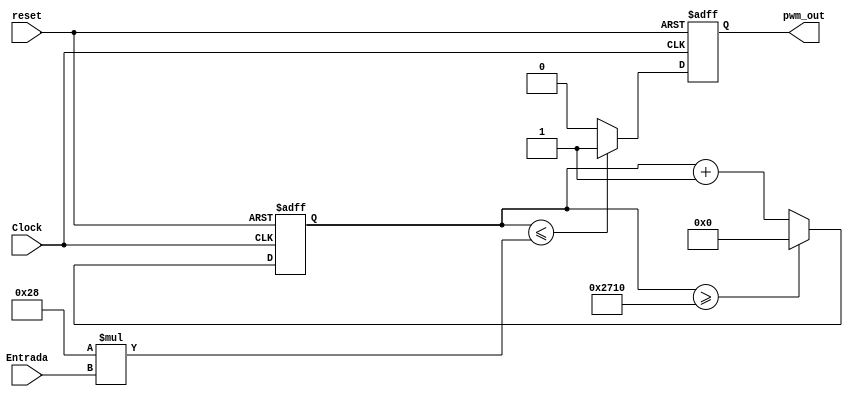
`timescale 1ns / 1ps
//////////////////////////////////////////////////////////////////////////////////
//Programador: Oscar Soto
//Curso: Laboratorio de circuitos digitales
//Proyecto: Control de un servomotor
//
//Descripcion: En este modulo se realiza el PWM
//////////////////////////////////////////////////////////////////////////////////
module PWM  #(parameter N=8) //Se parametriza para hacer flexible el cambio de ancho de palabra 

(  
  input wire Clock,reset, // se declaran el reloj y el reset 
  input wire [N-1:0] Entrada, // se declara la entrada del modulo 
  output wire pwm_out // se declara la salida del PWM
    ); 
	 // Debido a que la frecuencia del PWM es de 10KHz se debe dividir el reloj de 100MHz por 10 000 veces (100MHz/10KHz), esto se hace con un contador 
	 // que al llegar a 10 000  reinicia la cuenta, de esta forma la salida del contador sera el reloj de 10KHz. Para hacer el PWM se modula el ancho 
	 // del pulso por medio de una comparacion entre la cuenta actual y el valor a modular, asi, si se desea un ciclo de trabajo del 100 por ciento, 
	 // se deberia indicar que si el contador es igual a 0 se mantenga en alto. Si se desea un ciclo de trabajo del 50 por ciento, se deberia indicar 
	 // que si el contador es igual a 5 000 se invierta el nivel logico del reloj (de alto a bajo, o de bajo a alto), y asi sucesivamente con otros 
	 // valores.
	 // Sin embargo la entrada para modular el ancho del pulso esta conformada por 8 bits. Con esta cantidad de bits el numero maximo de combinaciones
	 // posibles es 2^8 (256), por lo que se debe hacer una equivalencia de 256 a 10 000. De esta forma cero equivaldra a cero y 256 a 10 000. Cada valor
	 // entero intermedio entre 0 y 256 tendra su equivalente en 10 000. A continuacion se lleva el proceso necesario para generar el cambio de escala:
	 
	 // Frecuencia de salida = 10 KHz
	 // T = Frecuencia de reloj de entrada * periodo de senal PWM 
	 // T = 100MHz * 0.1ms = 10 000
	 // Ahora se calcula la cantidad por la cual se debe multiplicar 256 para hacer la equivalencia a 10 000 
	 // SR = T/ 2^N
	 // SR = 10 000/256
	 // SR = 40
	 
localparam  SR = 40;// Valor a multiplicar para hacer la equivalencia de los valores entrantes de 8 bits

reg pwm; // Se declara un reg que tome el valor de la salida del pwm 
reg [13:0] contador ; // Se declara un reg para hacer el contador que controla tanto el ancho del pulso como la frecuencia de reloj del PWM


always @(posedge Clock, posedge reset)  //Lista sensitiva, responde ante un flanco positivo del Clock o reset
begin 
     if(reset) // Se ponen las senales en 0 
	     begin
	     pwm <=0;
	     contador <= 0;
	     end 
	  else
        begin	  
	     contador <= contador +1'b1; // Contador
		  
        if (contador <= SR*Entrada) //Modulacion de pulso por medio de comparacion con valor entrante una vez escalado
	         pwm <= 1'b1;
        else 	  
	         pwm <= 1'b0;
			
	     if (contador >= 10000) // Frecuencia de 10KHz
	         contador <= 0;
        end			
      end 

assign pwm_out = pwm; //Salida del PWM

endmodule